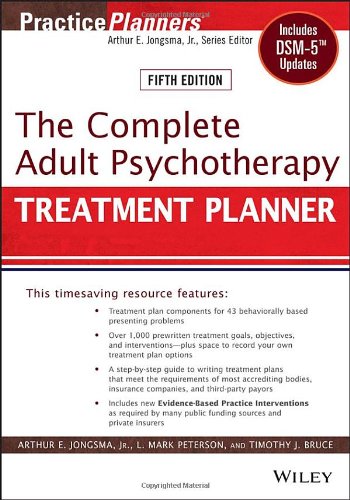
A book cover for The Complete Adult Psychotherapy Treatment Planner: Includes DSM-5 Updates; Arthur E. Jongsma Jr.; Medical Books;